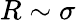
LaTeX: R\sim\sigma